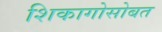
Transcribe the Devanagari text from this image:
शिकागोसोबत